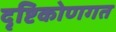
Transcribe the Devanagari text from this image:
दृष्टिकोणगत